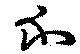
示